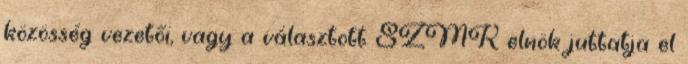
közösség vezetői, vagy a választott SZMK elnök juttatja el